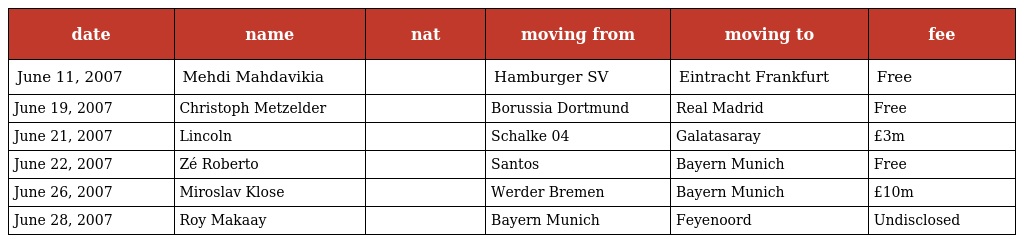
| date | name | nat | moving from | moving to | fee |
 | --- | --- | --- | --- | --- | --- |
 | June 11, 2007 | Mehdi Mahdavikia |  | Hamburger SV | Eintracht Frankfurt | Free |
 | June 19, 2007 | Christoph Metzelder |  | Borussia Dortmund | Real Madrid | Free |
 | June 21, 2007 | Lincoln |  | Schalke 04 | Galatasaray | £3m |
 | June 22, 2007 | Zé Roberto |  | Santos | Bayern Munich | Free |
 | June 26, 2007 | Miroslav Klose |  | Werder Bremen | Bayern Munich | £10m |
 | June 28, 2007 | Roy Makaay |  | Bayern Munich | Feyenoord | Undisclosed |